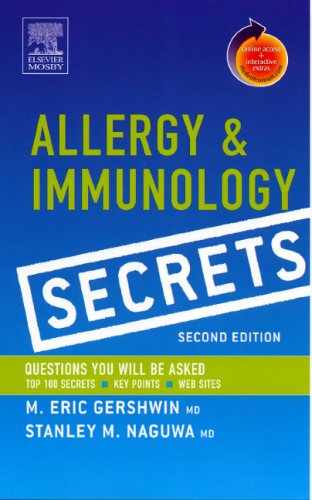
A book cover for Allergy and Immunology Secrets: With STUDENT CONSULT Online Access, 2e; M. Eric Gershwin MD; Health, Fitness & Dieting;